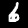
Label: 6